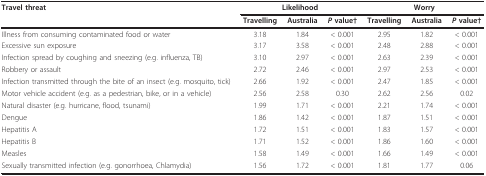
<table><thead><tr><td><b>Travel threat</b></td><td colspan="3"><b>Likelihood</b></td><td colspan="3"><b>Worry</b></td></tr><tr><td></td><td><b>Travelling</b></td><td><b>Australia</b></td><td><b><i>P </i>value†</b></td><td><b>Travelling</b></td><td><b>Australia</b></td><td><b><i>P </i>value†</b></td></tr></thead><tbody><tr><td>Illness from consuming contaminated food or water</td><td>3.18</td><td>1.84</td><td>&lt; 0.001</td><td>2.95</td><td>1.82</td><td>&lt; 0.001</td></tr><tr><td>Excessive sun exposure</td><td>3.17</td><td>3.58</td><td>&lt; 0.001</td><td>2.48</td><td>2.88</td><td>&lt; 0.001</td></tr><tr><td>Infection spread by coughing and sneezing (e.g. influenza, TB)</td><td>3.10</td><td>2.97</td><td>&lt; 0.001</td><td>2.63</td><td>2.39</td><td>&lt; 0.001</td></tr><tr><td>Robbery or assault</td><td>2.72</td><td>2.46</td><td>&lt; 0.001</td><td>2.97</td><td>2.53</td><td>&lt; 0.001</td></tr><tr><td>Infection transmitted through the bite of an insect (e.g. mosquito, tick)</td><td>2.66</td><td>1.92</td><td>&lt; 0.001</td><td>2.47</td><td>1.85</td><td>&lt; 0.001</td></tr><tr><td>Motor vehicle accident (e.g. as a pedestrian, bike, or in a vehicle)</td><td>2.56</td><td>2.58</td><td>0.30</td><td>2.62</td><td>2.56</td><td>0.02</td></tr><tr><td>Natural disaster (e.g. hurricane, flood, tsunami)</td><td>1.99</td><td>1.71</td><td>&lt; 0.001</td><td>2.21</td><td>1.74</td><td>&lt; 0.001</td></tr><tr><td>Dengue</td><td>1.86</td><td>1.42</td><td>&lt; 0.001</td><td>1.87</td><td>1.51</td><td>&lt; 0.001</td></tr><tr><td>Hepatitis A</td><td>1.72</td><td>1.51</td><td>&lt; 0.001</td><td>1.83</td><td>1.57</td><td>&lt; 0.001</td></tr><tr><td>Hepatitis B</td><td>1.71</td><td>1.52</td><td>&lt; 0.001</td><td>1.86</td><td>1.60</td><td>&lt; 0.001</td></tr><tr><td>Measles</td><td>1.58</td><td>1.49</td><td>&lt; 0.001</td><td>1.66</td><td>1.49</td><td>&lt; 0.001</td></tr><tr><td>Sexually transmitted infection (e.g. gonorrhoea, Chlamydia)</td><td>1.56</td><td>1.72</td><td>&lt; 0.001</td><td>1.81</td><td>1.77</td><td>0.06</td></tr></tbody></table>